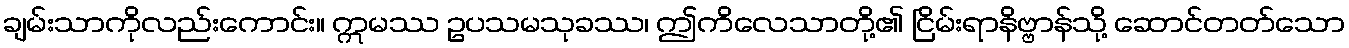
ချမ်းသာကိုလည်းကောင်း။ ဣမဿ ဥပသမသုခဿ၊ ဤကိလေသာတို့၏ ငြိမ်းရာနိဗ္ဗာန်သို့ ဆောင်တတ်သော